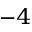
^ { - 4 }